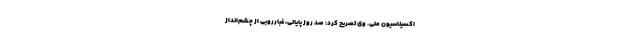
اکسیناسیون ملی. وی تصریح کرد: صد روز پایانی، غبارروبی از چشم‌انداز